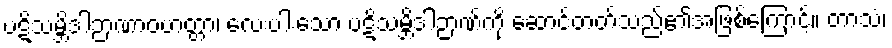
ပဋိသမ္ဘိဒါဉာဏာဝဟတ္တာ၊ လေးပါးသော ပဋိသမ္ဘိဒါဉာဏ်ကို ဆောင်တတ်သည်၏အဖြစ်ကြောင့်။ တာသံ၊